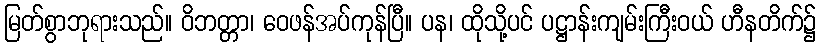
မြတ်စွာဘုရားသည်။ ဝိဘတ္တာ၊ ဝေဖန်အပ်ကုန်ပြီ။ ပန၊ ထိုသို့ပင် ပဋ္ဌာန်းကျမ်းကြီးဝယ် ဟီနတိက်၌